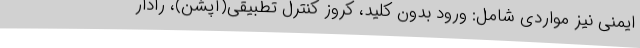
ایمنی نیز مواردی شامل: ورود بدون کلید، کروز کنترل تطبیقی(آپشن)، رادار